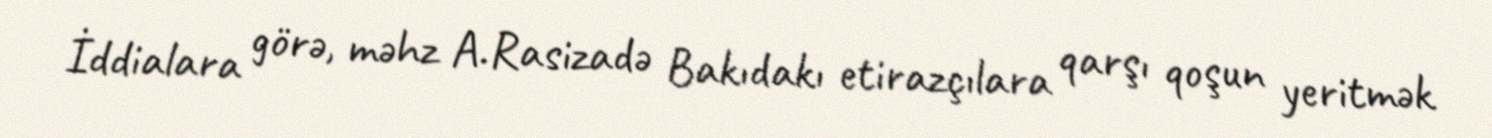
İddialara görə, məhz A.Rasizadə Bakıdakı etirazçılara qarşı qoşun yeritmək